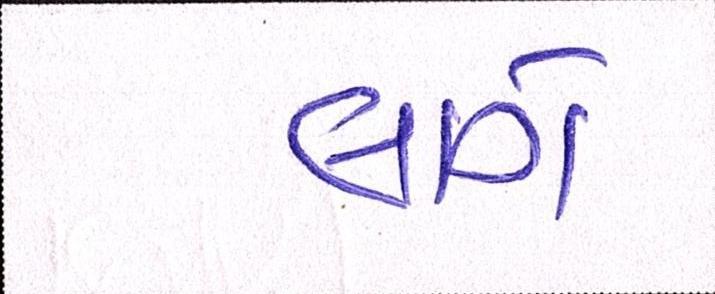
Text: લાગે